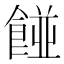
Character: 𮨿